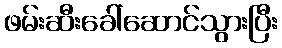
ဖမ်းဆီးခေါ်ဆောင်သွားပြီး